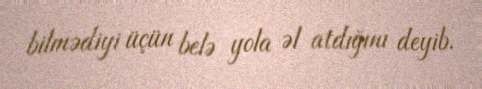
bilmədiyi üçün belə yola əl atdığını deyib.